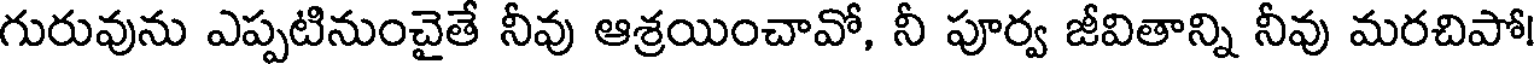
గురువును ఎప్పటినుంచైతే నీవు ఆశ్రయించావో, నీ పూర్వ జీవితాన్ని నీవు మరచిపో